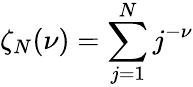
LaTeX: \zeta_{N}(\nu)=\sum_{j=1}^{N}j^{-\nu}